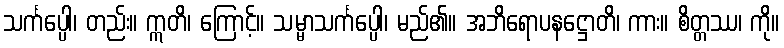
သင်္ကပ္ပေါ၊ တည်း။ ဣတိ၊ ကြောင့်။ သမ္မာသင်္ကပ္ပေါ၊ မည်၏။ အဘိရောပနဋ္ဌောတိ၊ ကား။ စိတ္တဿ၊ ကို။